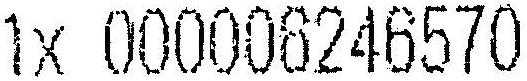
1X 000006246570